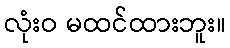
လုံးဝ မထင်ထားဘူး။